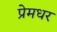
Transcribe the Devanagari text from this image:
प्रेमधर